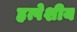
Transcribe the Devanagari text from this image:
हृत्पेशीय